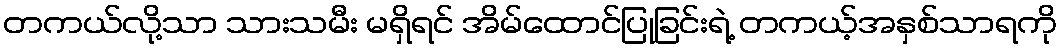
တကယ်လို့သာ သားသမီး မရှိရင် အိမ်ထောင်ပြုခြင်းရဲ့ တကယ့်အနှစ်သာရကို